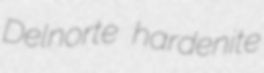
Delnorte hardenite